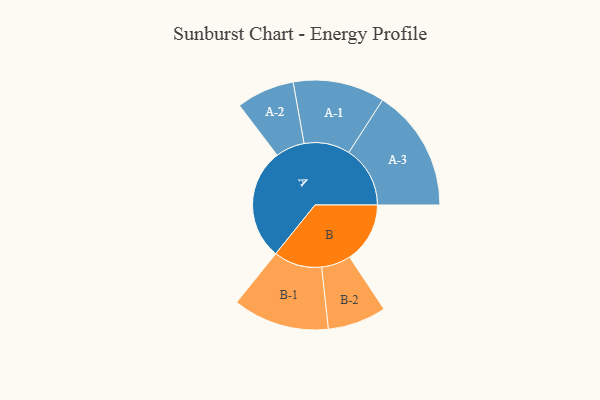
{"axis": {"x": "Segment", "y": "Value"}, "legend": ["", "A", "B"], "data": [{"x": "A", "y": 383, "type": ""}, {"x": "B", "y": 208, "type": ""}, {"x": "A-1", "y": 158, "type": "A"}, {"x": "A-2", "y": 100, "type": "A"}, {"x": "A-3", "y": 211, "type": "A"}, {"x": "B-1", "y": 166, "type": "B"}, {"x": "B-2", "y": 101, "type": "B"}]}